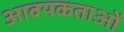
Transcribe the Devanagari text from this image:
आवयकताओं